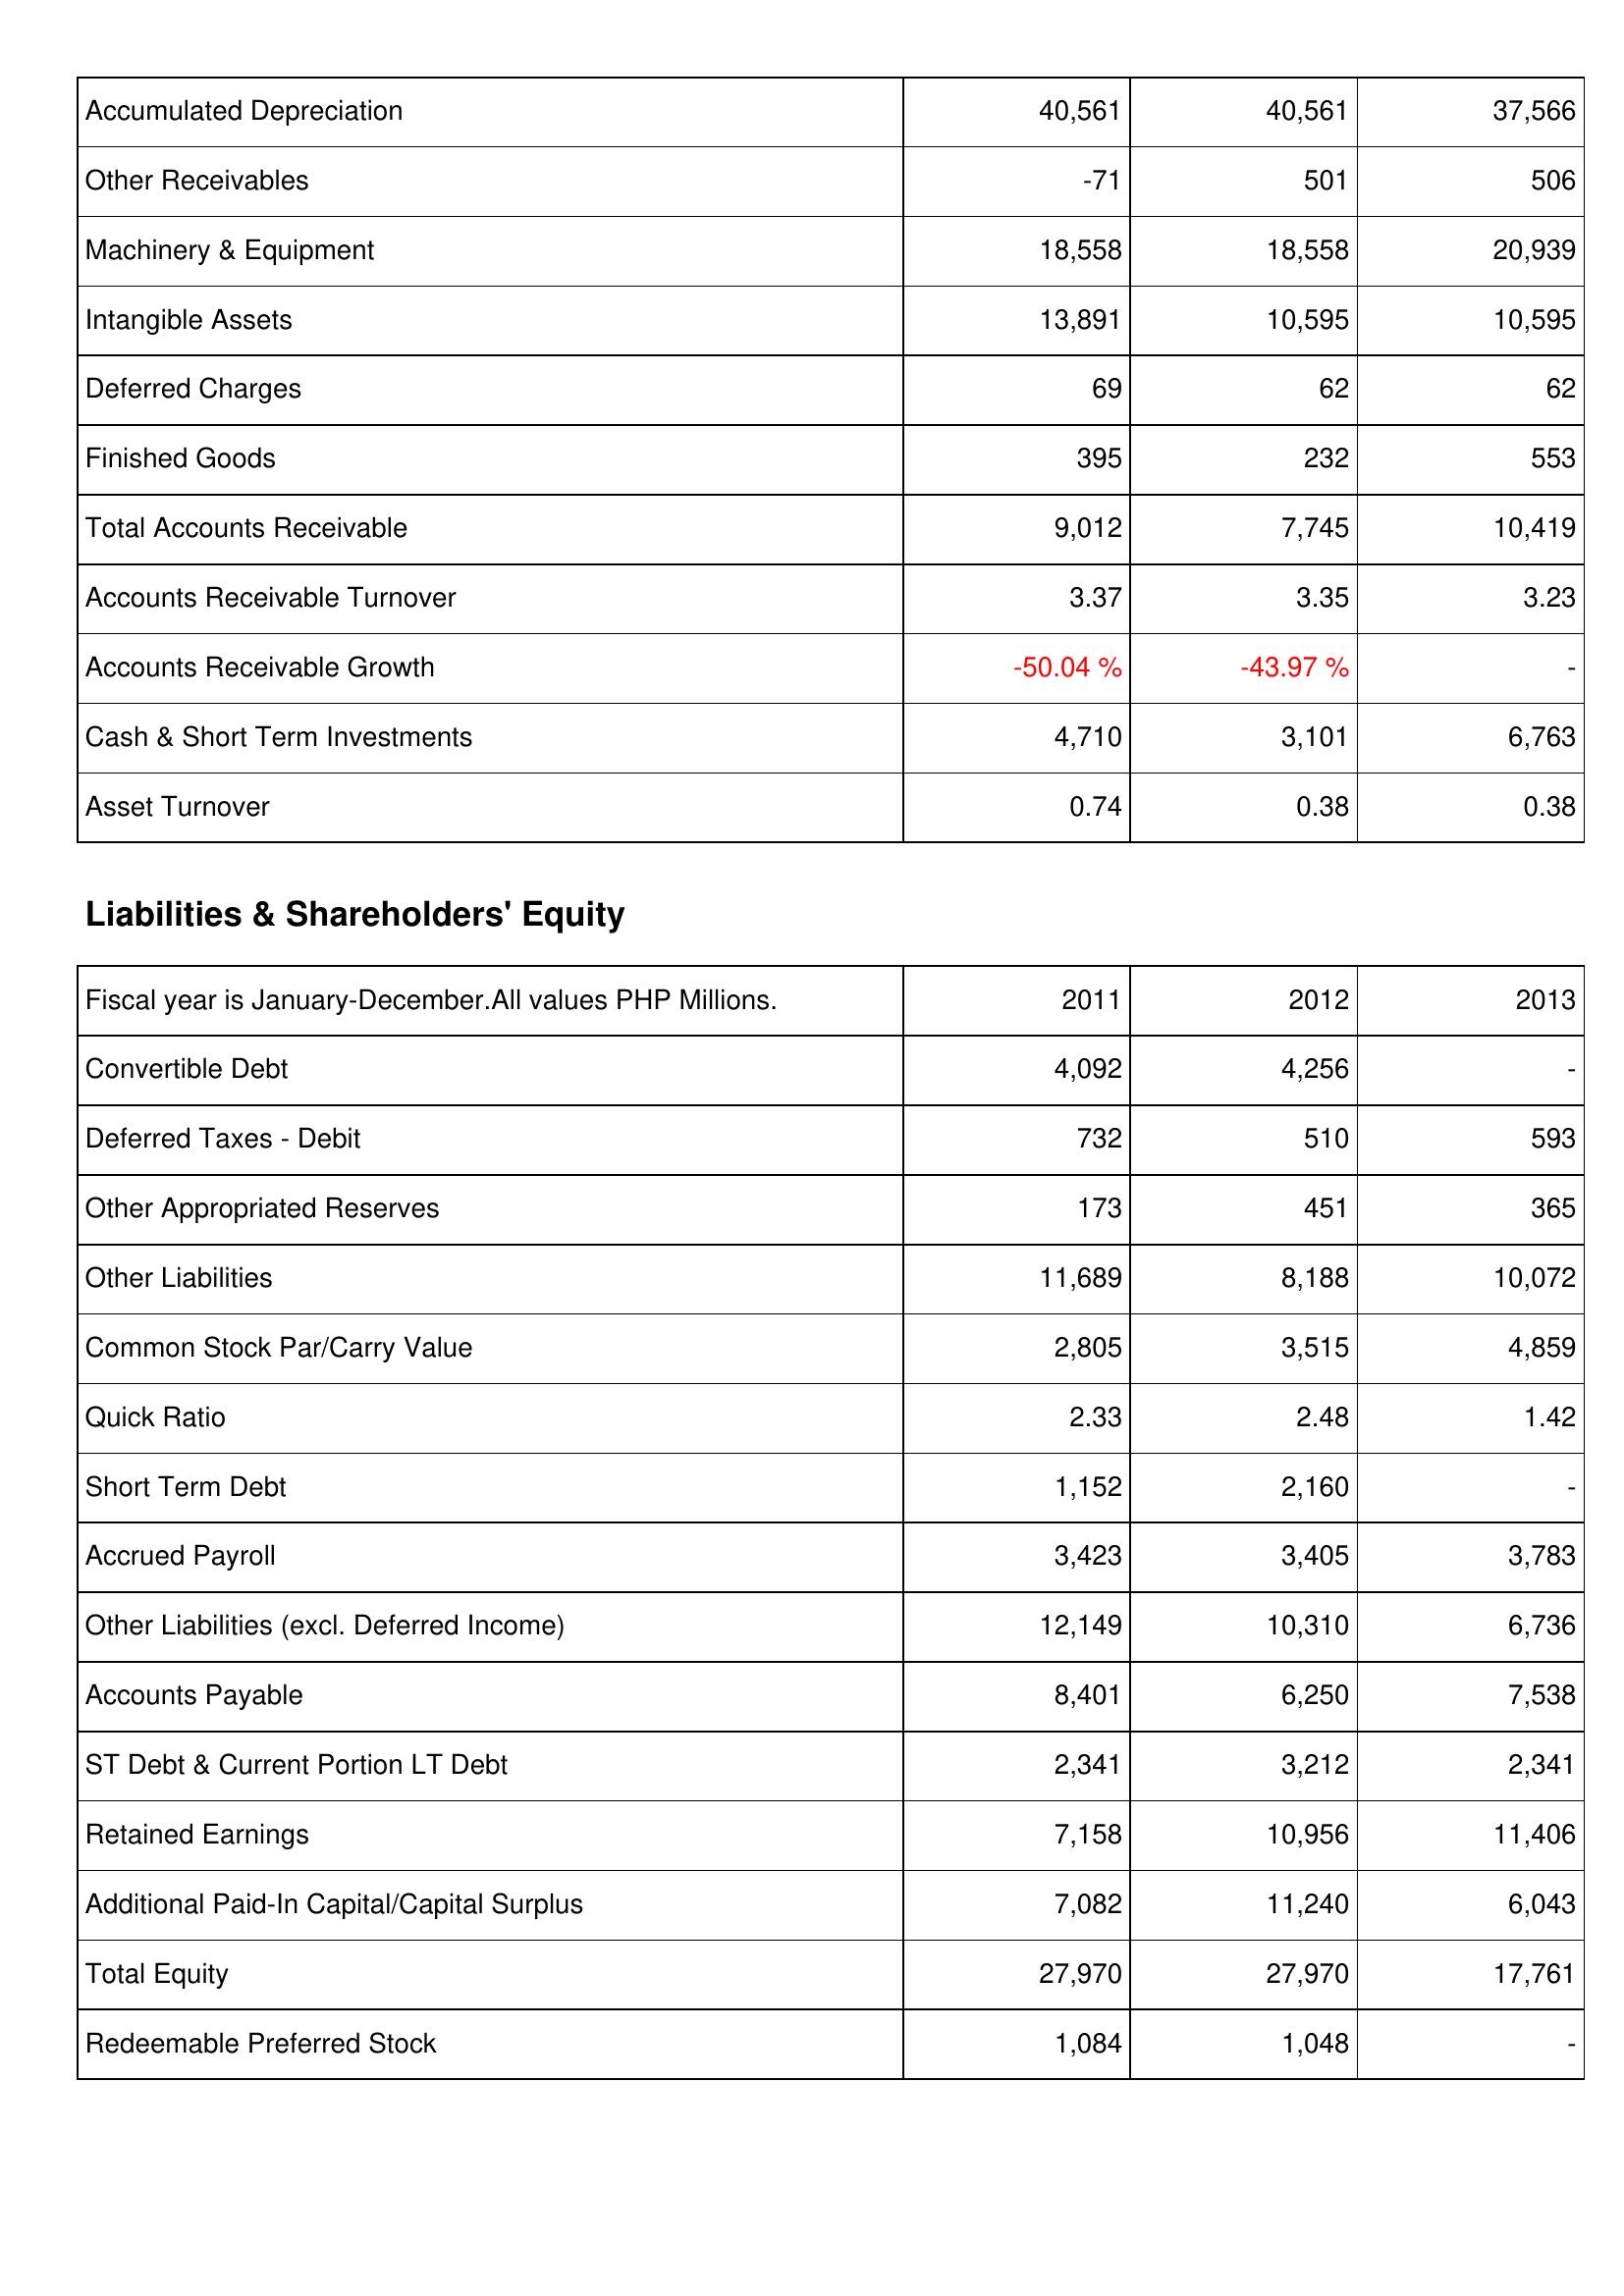
2011: Assets: Accumulated Depreciation: 40,561
Other Receivables: -71
Machinery & Equipment: 18,558
Intangible Assets: 13,891
Deferred Charges: 69
Finished Goods: 395
Total Accounts Receivable: 9,012
Accounts Receivable Turnover: 3.37
Accounts Receivable Growth: -50.04 %
Cash & Short Term Investments: 4,710
Asset Turnover: 0.74
Liabilities & Shareholders' Equity: Convertible Debt: 4,092
Deferred Taxes - Debit: 732
Other Appropriated Reserves: 173
Other Liabilities: 11,689
Common Stock Par/Carry Value: 2,805
Quick Ratio: 2.33
Short Term Debt: 1,152
Accrued Payroll: 3,423
Other Liabilities (excl. Deferred Income): 12,149
Accounts Payable: 8,401
ST Debt & Current Portion LT Debt: 2,341
Retained Earnings: 7,158
Additional Paid-In Capital/Capital Surplus: 7,082
Total Equity: 27,970
Redeemable Preferred Stock: 1,084
2012: Assets: Accumulated Depreciation: 40,561
Other Receivables: 501
Machinery & Equipment: 18,558
Intangible Assets: 10,595
Deferred Charges: 62
Finished Goods: 232
Total Accounts Receivable: 7,745
Accounts Receivable Turnover: 3.35
Accounts Receivable Growth: -43.97 %
Cash & Short Term Investments: 3,101
Asset Turnover: 0.38
Liabilities & Shareholders' Equity: Convertible Debt: 4,256
Deferred Taxes - Debit: 510
Other Appropriated Reserves: 451
Other Liabilities: 8,188
Common Stock Par/Carry Value: 3,515
Quick Ratio: 2.48
Short Term Debt: 2,160
Accrued Payroll: 3,405
Other Liabilities (excl. Deferred Income): 10,310
Accounts Payable: 6,250
ST Debt & Current Portion LT Debt: 3,212
Retained Earnings: 10,956
Additional Paid-In Capital/Capital Surplus: 11,240
Total Equity: 27,970
Redeemable Preferred Stock: 1,048
2013: Assets: Accumulated Depreciation: 37,566
Other Receivables: 506
Machinery & Equipment: 20,939
Intangible Assets: 10,595
Deferred Charges: 62
Finished Goods: 553
Total Accounts Receivable: 10,419
Accounts Receivable Turnover: 3.23
Accounts Receivable Growth: -
Cash & Short Term Investments: 6,763
Asset Turnover: 0.38
Liabilities & Shareholders' Equity: Convertible Debt: -
Deferred Taxes - Debit: 593
Other Appropriated Reserves: 365
Other Liabilities: 10,072
Common Stock Par/Carry Value: 4,859
Quick Ratio: 1.42
Short Term Debt: -
Accrued Payroll: 3,783
Other Liabilities (excl. Deferred Income): 6,736
Accounts Payable: 7,538
ST Debt & Current Portion LT Debt: 2,341
Retained Earnings: 11,406
Additional Paid-In Capital/Capital Surplus: 6,043
Total Equity: 17,761
Redeemable Preferred Stock: -